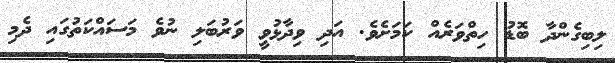
ލިބިގެންދާ ބޮޑު ހިތްވަރެއް ކަމަށެވެ. އަދި ވިދާޅުވީ ވަރުބަލި ނުވެ މަސައްކަތުގައި ދެމި